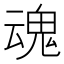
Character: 魂